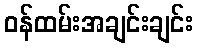
ဝန်ထမ်းအချင်းချင်း